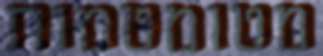
מטומטמות